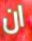
ان